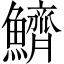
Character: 鱭